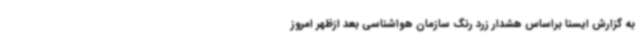
به گزارش ایسنا براساس هشدار زرد رنگ سازمان هواشناسی بعد ازظهر امروز